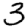
Digit: 3